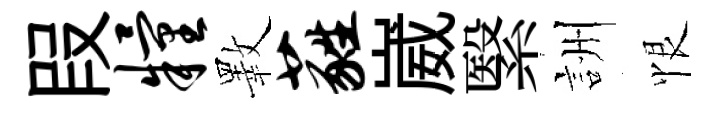
叚粮斁蕤崴繄詶恨